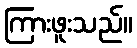
ကြားဖူးသည်။